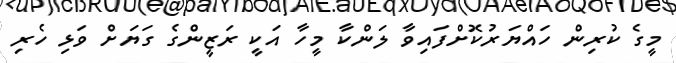
މީގެ ކުރިން ހައްޔަރުކޮށްފައިވާ ލަންކާ މީހާ އަކީ ރަޒީންގެ ގަޔަށް ވަޅި ހެރި